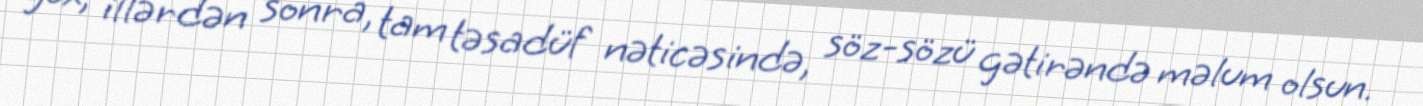
yox, illərdən sonra, tam təsadüf nəticəsində, söz-sözü gətirəndə məlum olsun.